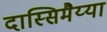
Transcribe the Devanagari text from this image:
दास्सिमैय्या